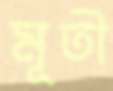
মূতী